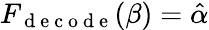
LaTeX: F_{\mathrm{~d~e~c~o~d~e~}}(\beta)=\hat{\alpha}